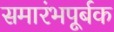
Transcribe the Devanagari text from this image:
समारंभपूर्बक